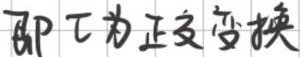
即 \( T \) 为正交变换